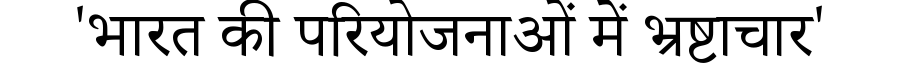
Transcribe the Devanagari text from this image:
'भारत की परियोजनाओं में भ्रष्टाचार'